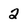
Character: 2